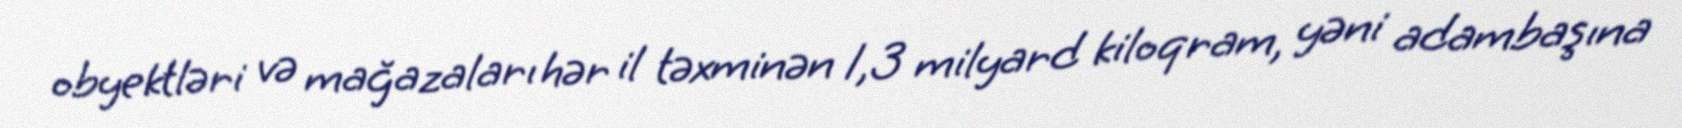
obyektləri və mağazaları hər il təxminən 1,3 milyard kiloqram, yəni adambaşına